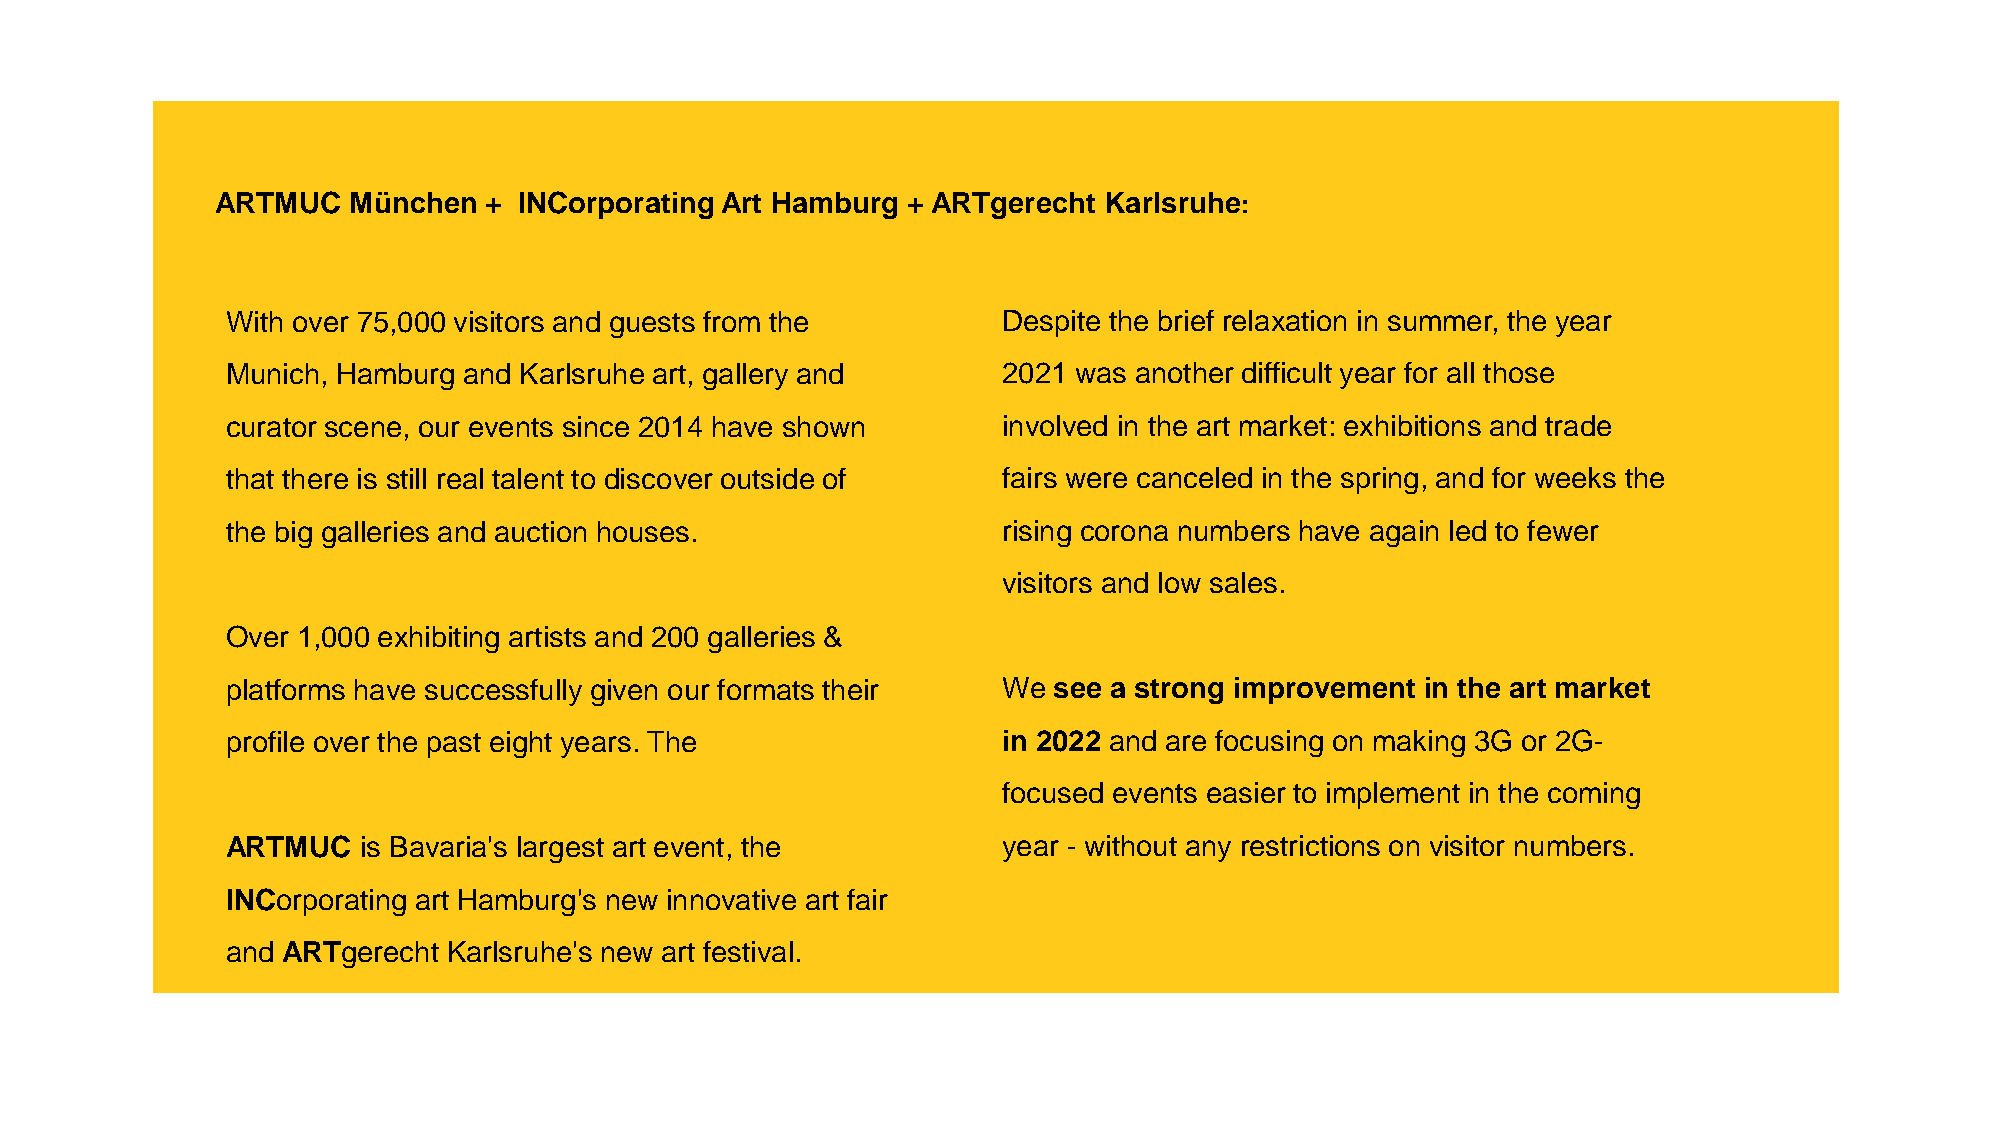
ARTMUC   München  + INCorporating Art Hamburg + ARTgerecht Karlsruhe:
 With over 75,000 visitors and guests from the      Despite the brief relaxation in summer, the year
 Munich, Hamburg and Karlsruhe art, gallery and     2021 was another difficult year for all those
 curator scene, our events since 2014 have shown    involved in the art market: exhibitions and trade
 that there is still real talent to discover outside of fairs were canceled in the spring, and for weeks the
 the big galleries and auction houses.              rising corona numbers have again led to fewer
 visitors and low sales.
 Over 1,000 exhibiting artists and 200 galleries &
 platforms have successfully given our formats their We see a strong improvement in the art market
 profile over the past eight years. The             in 2022 and are focusing on making 3G or 2G-
 focused events easier to implement in the coming
 ARTMUC   is Bavaria's largest art event, the       year - without any restrictions on visitor numbers.
 INCorporating art Hamburg's new innovative art fair
 and ARTgerecht Karlsruhe's new art festival.